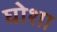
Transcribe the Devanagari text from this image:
घोशा